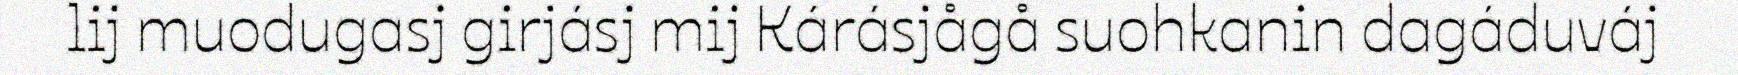
lij muodugasj girjásj mij Kárásjågå suohkanin dagáduváj